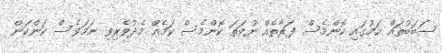
ސަބަބުތައް ކަމުގައި ކޮންމެސް ފަރާތެއް ނުވަތަ ކޮންމެސް ކަމެއް މެދުވެރިވި ނަމަވެސް ކަންކަން